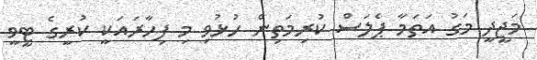
މަޖީދީ މަގު އަތަމާ ޕެލަސް ކުރިމަތިން ހުޅުވި މި ފިހާރައަކީ ކުރީގެ ޓީވީ